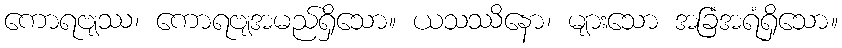
ကောရဗျဿ၊ ကောရဗျအမည်ရှိသော။ ယသဿိနော၊ များသော အခြံအရံရှိသော။